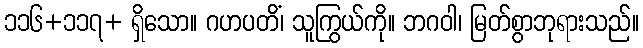
၁၁၆+၁၁၇+ ရှိသော။ ဂဟပတိံ၊ သူကြွယ်ကို။ ဘဂဝါ၊ မြတ်စွာဘုရားသည်။